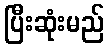
ပြီးဆုံးမည်